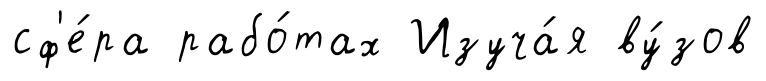
сф'е́ра рабо́тах Изуча́я ву́зов